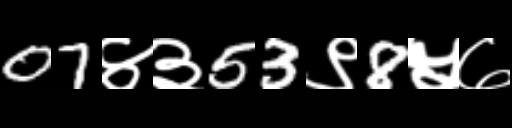
Text: 07४३53९8५७